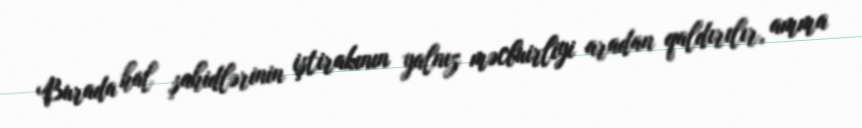
Burada hal şahidlərinin iştirakının yalnız məcbuirliyi aradan qaldırılır, amma